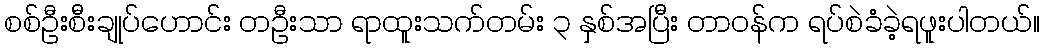
စစ်ဦးစီးချုပ်ဟောင်း တဦးသာ ရာထူးသက်တမ်း ၃ နှစ်အပြီး တာဝန်က ရပ်စဲခံခဲ့ရဖူးပါတယ်။